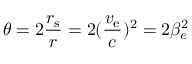
\theta = 2 { \frac { r _ { \mathrm { s } } } { r } } = 2 ( { \frac { v _ { \mathrm { e } } } { c } } ) ^ { 2 } = 2 \beta _ { e } ^ { 2 }